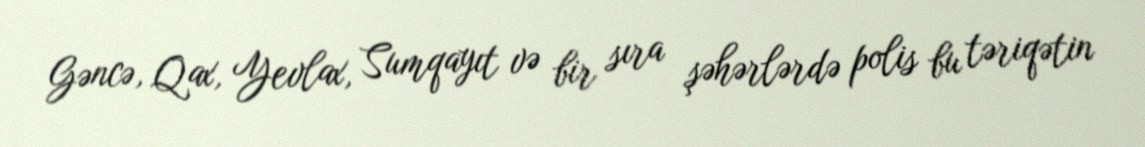
Gəncə, Qax, Yevlax, Sumqayıt və bir sıra şəhərlərdə polis bu təriqətin